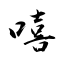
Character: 嘻